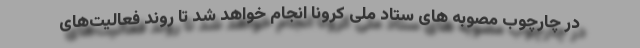
در چارچوب مصوبه های ستاد ملی کرونا انجام خواهد شد تا روند فعالیت‌های